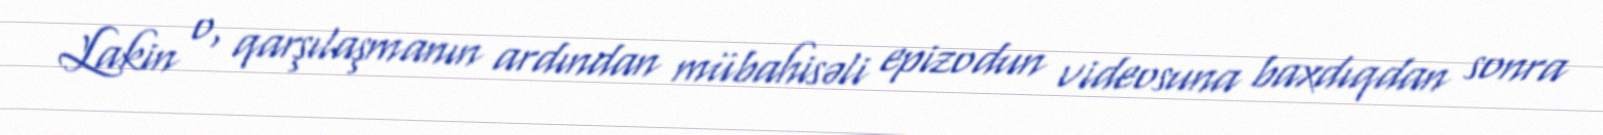
Lakin o, qarşılaşmanın ardından mübahisəli epizodun videosuna baxdıqdan sonra